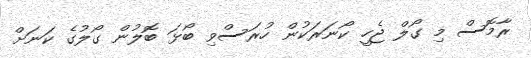
ރާމޮސް މި ގޯލް ޖެހީ ކޯނަރަކުން ހުރަސްވި ބޯޅަ ބޮލުން ގޯލުގެ ކަނަށް